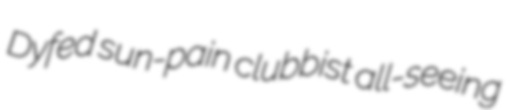
Dyfed sun-pain clubbist all-seeing